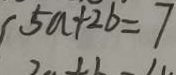
5 a + 2 b = 7